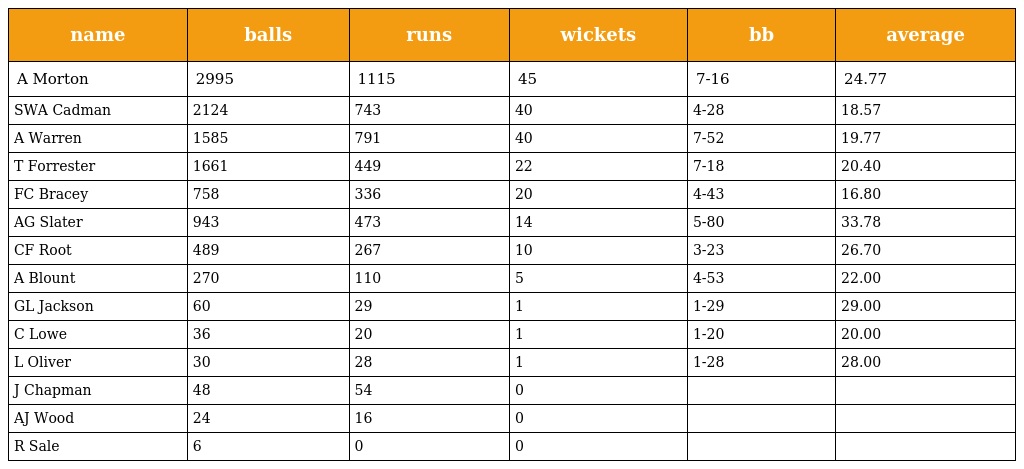
| name | balls | runs | wickets | bb | average |
 | --- | --- | --- | --- | --- | --- |
 | A Morton | 2995 | 1115 | 45 | 7-16 | 24.77 |
 | SWA Cadman | 2124 | 743 | 40 | 4-28 | 18.57 |
 | A Warren | 1585 | 791 | 40 | 7-52 | 19.77 |
 | T Forrester | 1661 | 449 | 22 | 7-18 | 20.40 |
 | FC Bracey | 758 | 336 | 20 | 4-43 | 16.80 |
 | AG Slater | 943 | 473 | 14 | 5-80 | 33.78 |
 | CF Root | 489 | 267 | 10 | 3-23 | 26.70 |
 | A Blount | 270 | 110 | 5 | 4-53 | 22.00 |
 | GL Jackson | 60 | 29 | 1 | 1-29 | 29.00 |
 | C Lowe | 36 | 20 | 1 | 1-20 | 20.00 |
 | L Oliver | 30 | 28 | 1 | 1-28 | 28.00 |
 | J Chapman | 48 | 54 | 0 |  |  |
 | AJ Wood | 24 | 16 | 0 |  |  |
 | R Sale | 6 | 0 | 0 |  |  |